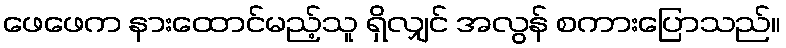
ဖေဖေက နားထောင်မည့်သူ ရှိလျှင် အလွန် စကားပြောသည်။